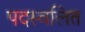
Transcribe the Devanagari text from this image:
पदस्वलित